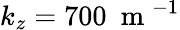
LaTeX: k_{z}=700\ \mathrm{~m~}^{-1}